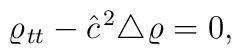
\varrho_{{{\kern 0.7pt}} tt} - {\hat c}^{{\kern 1pt} 2}\triangle{{\kern 0.7pt}} \varrho =0,